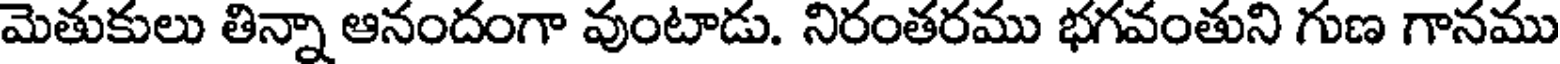
మెతుకులు తిన్నా ఆనందంగా వుంటాడు. నిరంతరము భగవంతుని గుణ గానము